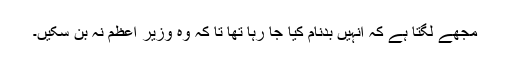
مجھے لگتا ہے کہ انہیں بدنام کیا جا رہا تھا تا کہ وہ وزیر اعظم نہ بن سکیں۔